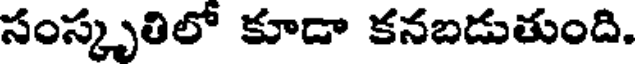
సంస్కృతిలో కూడా కనబడుతుంది.